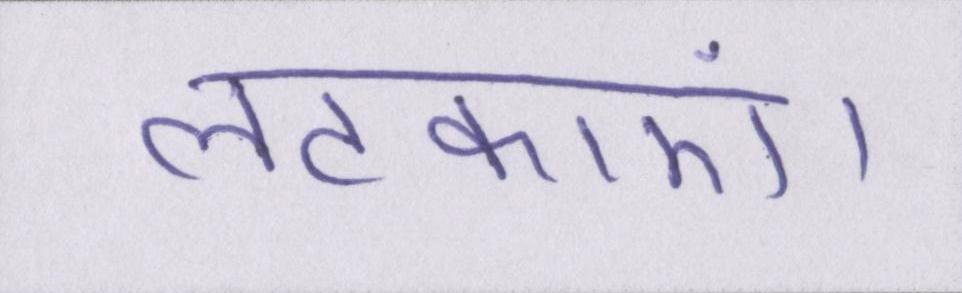
लटकाएं।